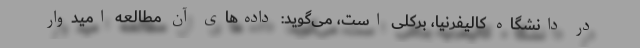
در دانشگاه کالیفرنیا، برکلی است، می‌گوید: داده‌های آن مطالعه امیدوار